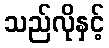
သည်လိုနှင့်